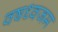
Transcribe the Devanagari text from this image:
वषध्वजम